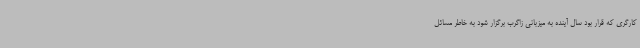
کارگری که قرار بود سال آینده به میزبانی زاگرب برگزار شود به خاطر مسائل